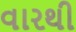
વારથી